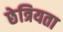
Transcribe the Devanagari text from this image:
छेत्रियता